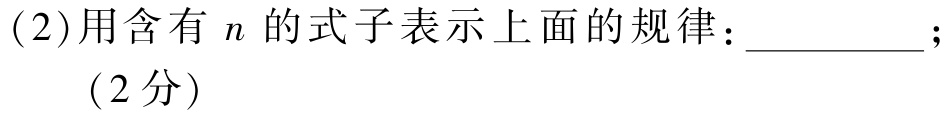
(2)用含有\(n\)的式子表示上面的规律：__________；
（2分）